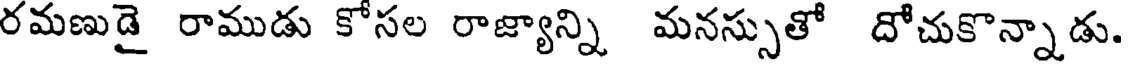
రమణుడై రాముడు కోసల రాజ్యాన్ని మనస్సుతో దోచుకొన్నాడు.